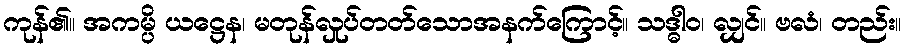
ကုန်၏။ အကမ္ပိ ယဋ္ဌေန၊ မတုန်လှုပ်တတ်သောအနက်ကြောင့်။ သဒ္ဓါဝ၊ လျှင်။ ဗလံ၊ တည်း။